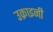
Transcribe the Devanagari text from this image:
उक्राइनी